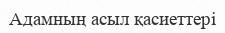
Адамның асыл қасиеттері